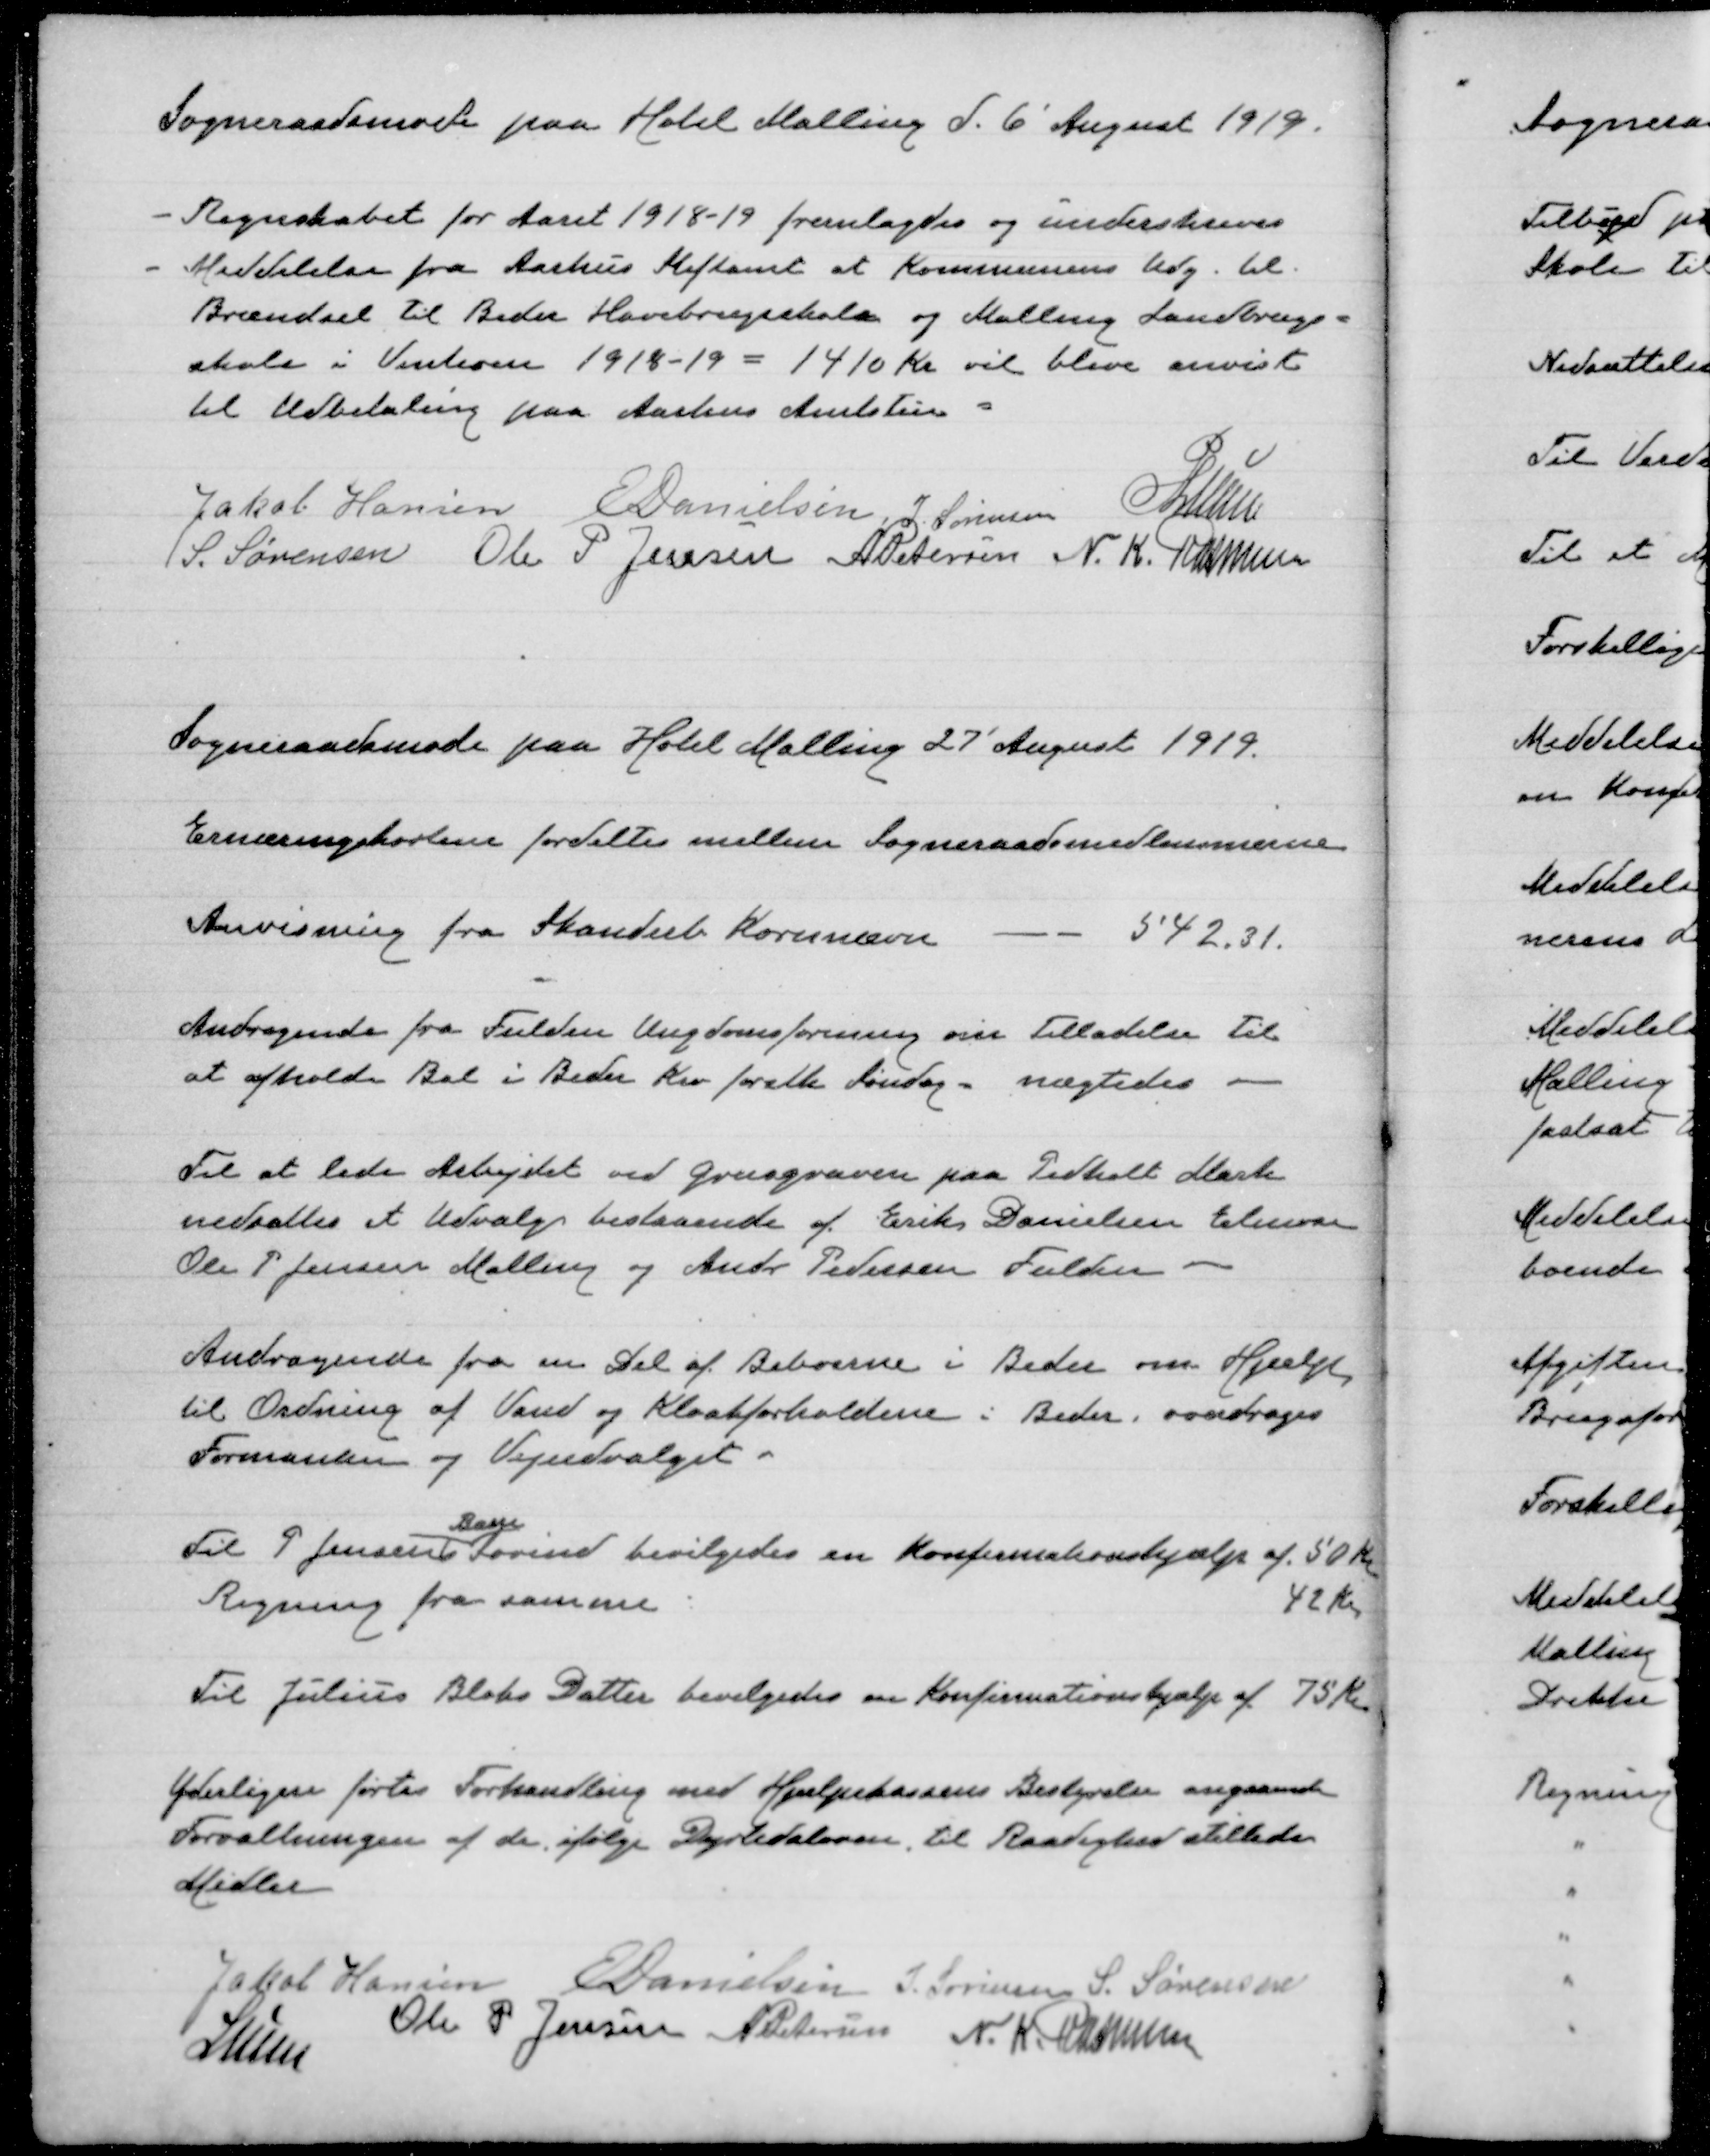
Transskription:
Sogneraadsmøde paa Hotel Malling d. 6' August 1919.

Regnskabet for Aaret 1918-19 fremlagdes og underskreves
Meddelelse fra Aarhus Stiftamt at Kommunens udg. til
Brændsel til Beder Havebrugsskole og Malling Landbrugs=
skole i Vinteren 1918-19 = 1410 Kr vil blive anvist
til Udbetaling paa Aarhus Amtstue =

Jakob Hansen
E Danielsen
J. Sørensen
Lunn
S. Sørensen
Ole P Jensen
A Petersen
N. K. Rasmussen

Sogneraadsmøde paa Hotel Malling 27' August 1919.

Ernæringskortene fordeltes mellem Sogneraadsmedlemmerne

Anvisning fra Skanderb Kommune - - 542.31.

Andragende fra Fulden Ungdomsforening om Tilladelse til
at afholde Bal i Beder Kro for alle Søndag - nægtedes

Til at lede Arbejdet ved Grusgraven paa Pedholt Mark
nedsættes et Udvalg bestaaende af Erik Danielsen Elmose
Ole P Jensen Malling og Andr Pedersen Fulden

Andragende fra en del af Beboerne i Beder om Hjælp,
til Ordning af Vand og Kloakforholdene i Beder. overdrages
Formanden og Vejudvalget

Til P Jensens
Barn
Søvind bevilgedes en Konfimationshjælp af 50 Kr
Regning fra samme
42 Kr

Til Julius Bloks Datter bevilgedes en Konfirmationshjælp af 75 Kr

Yderligere førtes Forhandling med Hjælpekassens Bestyrelse angaaende
Forvaltningen af de ifølge Dyrtidsloven til Raadighed stillede
Midler

Jakob Hansen
E Danielsen
J. Sørensen
S. Sørensen
Lunn
Ole P Jensen
A Petersen
N. K. Rasmussen